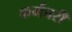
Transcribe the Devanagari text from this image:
कर्मचरी